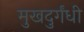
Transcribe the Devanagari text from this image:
मुखदुर्गंधी